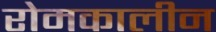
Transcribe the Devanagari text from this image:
रोमकालीन